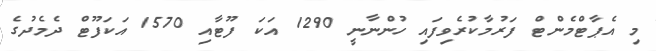
މި އެޕާޓްމެންޓް ފަރުމާކުރެވިފައި ހުންނާނީ 1290 އަކަ ފޫޓާއި 1570 އަކަފޫޓް ދެމެދުގެ